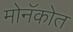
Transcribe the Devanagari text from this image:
मोनॅकोत